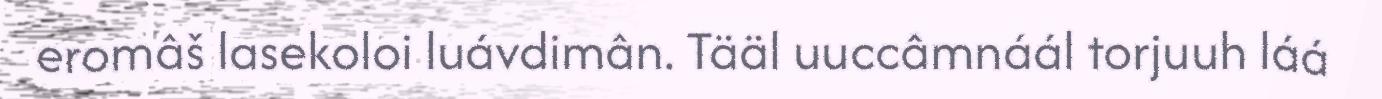
eromâš lasekoloi luávdimân. Tääl uuccâmnáál torjuuh láá